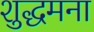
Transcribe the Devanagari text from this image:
शुद्धमना